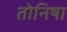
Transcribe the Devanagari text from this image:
तोनिषा